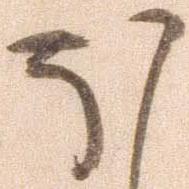
ほ